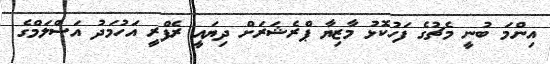
އިންމަ ބުނީ މެޗުގެ ފަހުކޮޅު މާޒިޔާ ޕްރެޝަރަށް ދިޔައީ ރެފްރީ އަހުމަދު އަސްލަމްގެ